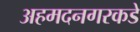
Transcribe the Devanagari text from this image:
अहमदनगरकडे